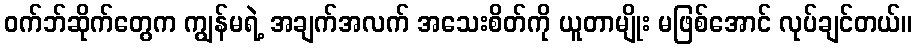
ဝက်ဘ်ဆိုက်တွေက ကျွန်မရဲ့ အချက်အလက် အသေးစိတ်ကို ယူတာမျိုး မဖြစ်အောင် လုပ်ချင်တယ်။